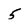
Character: 5